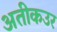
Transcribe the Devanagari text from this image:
अतीकउर